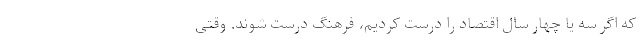
که اگر سه یا چهار سال اقتصاد را درست کردیم، فرهنگ درست شوند. وقتی